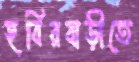
হবিরবাড়ীতে